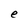
Character: e